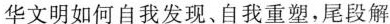
华文明如何自我发现、自我重塑,尾段解